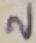
Text: 2